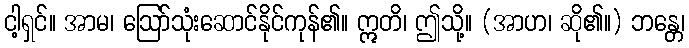
ငါ့ရှင်။ အာမ၊ ဩော်သုံးဆောင်နိုင်ကုန်၏။ ဣတိ၊ ဤသို့။ (အာဟ၊ ဆို၏။) ဘန္တေ၊